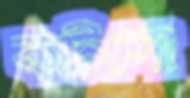
কটসো